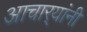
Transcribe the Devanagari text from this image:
आचार्‍यांनी